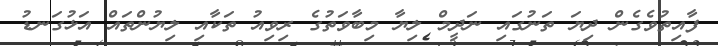
ފާއިތުވެގެން ދިޔަ ތަނުގައި ނަދީމް ލިޔާ މިބާވަތުގެ ރިވިއު ތަކާއި ލިޔުންތައް އަޅުގަނޑު